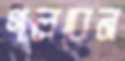
গলবেন